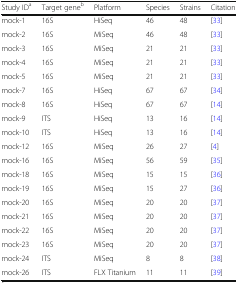
<table><thead><tr><td><b>Study ID<sup>a</sup></b></td><td><b>Target gene<sup>b</sup></b></td><td><b>Platform</b></td><td><b>Species</b></td><td><b>Strains</b></td><td><b>Citation</b></td></tr></thead><tbody><tr><td>mock-1</td><td>16S</td><td>HiSeq</td><td>46</td><td>48</td><td>[33]</td></tr><tr><td>mock-2</td><td>16S</td><td>MiSeq</td><td>46</td><td>48</td><td>[33]</td></tr><tr><td>mock-3</td><td>16S</td><td>MiSeq</td><td>21</td><td>21</td><td>[33]</td></tr><tr><td>mock-4</td><td>16S</td><td>MiSeq</td><td>21</td><td>21</td><td>[33]</td></tr><tr><td>mock-5</td><td>16S</td><td>MiSeq</td><td>21</td><td>21</td><td>[33]</td></tr><tr><td>mock-7</td><td>16S</td><td>HiSeq</td><td>67</td><td>67</td><td>[34]</td></tr><tr><td>mock-8</td><td>16S</td><td>HiSeq</td><td>67</td><td>67</td><td>[14]</td></tr><tr><td>mock-9</td><td>ITS</td><td>HiSeq</td><td>13</td><td>16</td><td>[14]</td></tr><tr><td>mock-10</td><td>ITS</td><td>HiSeq</td><td>13</td><td>16</td><td>[14]</td></tr><tr><td>mock-12</td><td>16S</td><td>MiSeq</td><td>26</td><td>27</td><td>[4]</td></tr><tr><td>mock-16</td><td>16S</td><td>MiSeq</td><td>56</td><td>59</td><td>[35]</td></tr><tr><td>mock-18</td><td>16S</td><td>MiSeq</td><td>15</td><td>15</td><td>[36]</td></tr><tr><td>mock-19</td><td>16S</td><td>MiSeq</td><td>15</td><td>27</td><td>[36]</td></tr><tr><td>mock-20</td><td>16S</td><td>MiSeq</td><td>20</td><td>20</td><td>[37]</td></tr><tr><td>mock-21</td><td>16S</td><td>MiSeq</td><td>20</td><td>20</td><td>[37]</td></tr><tr><td>mock-22</td><td>16S</td><td>MiSeq</td><td>20</td><td>20</td><td>[37]</td></tr><tr><td>mock-23</td><td>16S</td><td>MiSeq</td><td>20</td><td>20</td><td>[37]</td></tr><tr><td>mock-24</td><td>ITS</td><td>MiSeq</td><td>8</td><td>8</td><td>[38]</td></tr><tr><td>mock-26</td><td>ITS</td><td>FLX Titanium</td><td>11</td><td>11</td><td>[39]</td></tr></tbody></table>